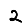
Digit: 2